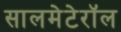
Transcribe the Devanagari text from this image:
सालमेटेरॉल